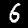
Digit: 6